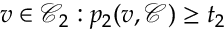
v \in \mathcal { C } _ { 2 } : p _ { 2 } ( v , \mathcal { C } ) \geq t _ { 2 }